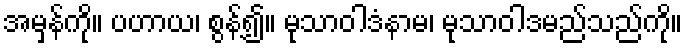
အမှန်ကို။ ပဟာယ၊ စွန့်၍။ မုသာဝါဒံနာမ၊ မုသာဝါဒမည်သည်ကို။